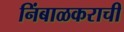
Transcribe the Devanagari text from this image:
निंबाळकराची